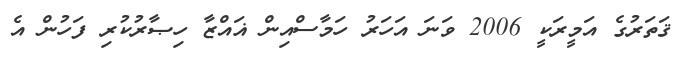
ޤަތަރުގެ އަމީރަކީ 2006 ވަނަ އަހަރު ހަމާސްއިން ޣައްޒާ ހިޞާރުކުރި ފަހުން އެ